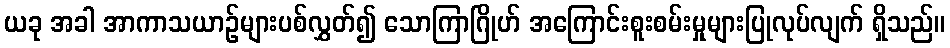
ယခု အခါ အာကာသယာဉ်များပစ်လွှတ်၍ သောကြာဂြိုဟ် အကြောင်းစူးစမ်းမှုများပြုလုပ်လျက် ရှိသည်။